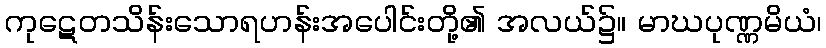
ကုဋေတသိန်းသောရဟန်းအပေါင်းတို့၏ အလယ်၌။ မာဃပုဏ္ဏမိယံ၊